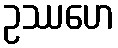
ဥဿဟေ